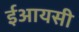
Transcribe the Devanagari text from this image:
ईआयसी